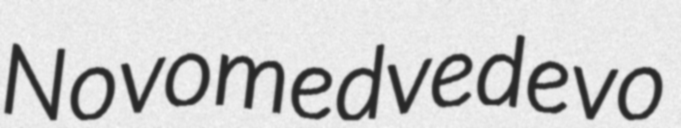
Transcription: Novomedvedevo